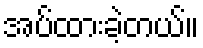
အပ်ထားခဲ့တယ်။